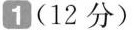
1 (12分)